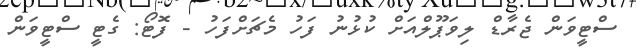
ސްޓީވަން ޖެރާޑް ލިވަޕޫލްއަށް ކުޅުނު ފަހު މެޗަށްފަހު - ފޮޓޯ: ގެޓީ ސްޓީވަން